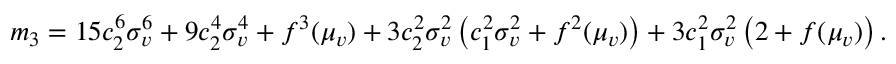
\begin{array} { r } { m _ { 3 } = 1 5 c _ { 2 } ^ { 6 } \sigma _ { v } ^ { 6 } + 9 c _ { 2 } ^ { 4 } \sigma _ { v } ^ { 4 } + f ^ { 3 } ( \mu _ { v } ) + 3 c _ { 2 } ^ { 2 } \sigma _ { v } ^ { 2 } \left( c _ { 1 } ^ { 2 } \sigma _ { v } ^ { 2 } + f ^ { 2 } ( \mu _ { v } ) \right) + 3 c _ { 1 } ^ { 2 } \sigma _ { v } ^ { 2 } \left( 2 + f ( \mu _ { v } ) \right) . } \end{array}